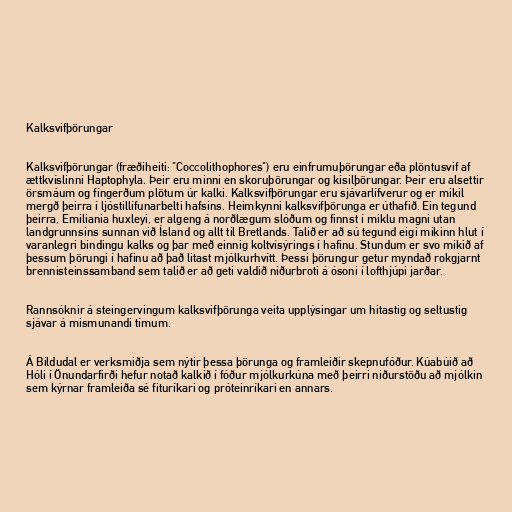
Kalksvifþörungar

Kalksvifþörungar (fræðiheiti: "Coccolithophores") eru einfrumuþörungar eða plöntusvif af
ættkvíslinni Haptophyla. Þeir eru minni en skoruþörungar og kísilþörungar. Þeir eru alsettir
örsmáum og fíngerðum plötum úr kalki. Kalksvifþörungar eru sjávarlífverur og er mikil
mergð þeirra í ljóstillífunarbelti hafsins. Heimkynni kalksvifþörunga er úthafið. Ein tegund
þeirra, Emiliania huxleyi, er algeng á norðlægum slóðum og finnst í miklu magni utan
landgrunnsins sunnan við Ísland og allt til Bretlands. Talið er að sú tegund eigi mikinn hlut í
varanlegri bindingu kalks og þar með einnig koltvísýrings í hafinu. Stundum er svo mikið af
þessum þörungi í hafinu að það litast mjólkurhvítt. Þessi þörungur getur myndað rokgjarnt
brennisteinssamband sem talið er að geti valdið niðurbroti á ósoni í lofthjúpi jarðar.

Rannsóknir á steingervingum kalksvifþörunga veita upplýsingar um hitastig og seltustig
sjávar á mismunandi tímum.

Á Bíldudal er verksmiðja sem nýtir þessa þörunga og framleiðir skepnufóður. Kúabúið að
Hóli í Önundarfirði hefur notað kalkið í fóður mjólkurkúna með þeirri niðurstöðu að mjólkin
sem kýrnar framleiða sé fituríkari og próteinríkari en annars.